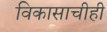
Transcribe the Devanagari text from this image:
विकासाचीही